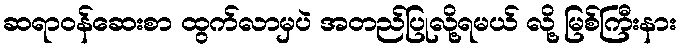
ဆရာဝန်ဆေးစာ ထွက်လာမှပဲ အတည်ပြုလို့ရမယ် လို့ မြစ်ကြီးနား